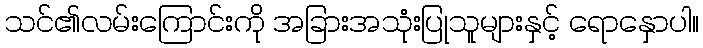
သင်၏လမ်းကြောင်းကို အခြားအသုံးပြုသူများနှင့် ရောနှောပါ။